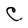
Character: C